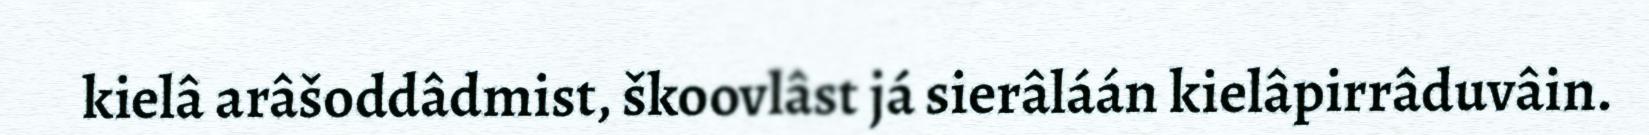
kielâ arâšoddâdmist, škoovlâst já sierâláán kielâpirrâduvâin.